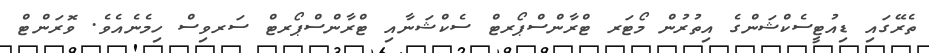
ތެރޭގައި ޑިއުޓީސެކްޝަންގެ އިތުރުން މޯޓަރ ޓްރާންސްޕޯރޓް ސެކްޝަނާއި ޓްރާންސްޕޯރޓް ސަރވިސް ހިމެނެއެވެ. ވޮރަންޓް